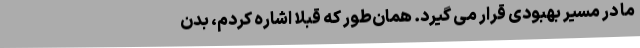
ما در مسیر بهبودی قرار می گیرد. همان‌طور که قبلاً اشاره کردم، بدن